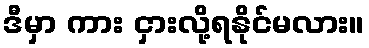
ဒီမှာ ကား ငှားလို့ရနိုင်မလား။